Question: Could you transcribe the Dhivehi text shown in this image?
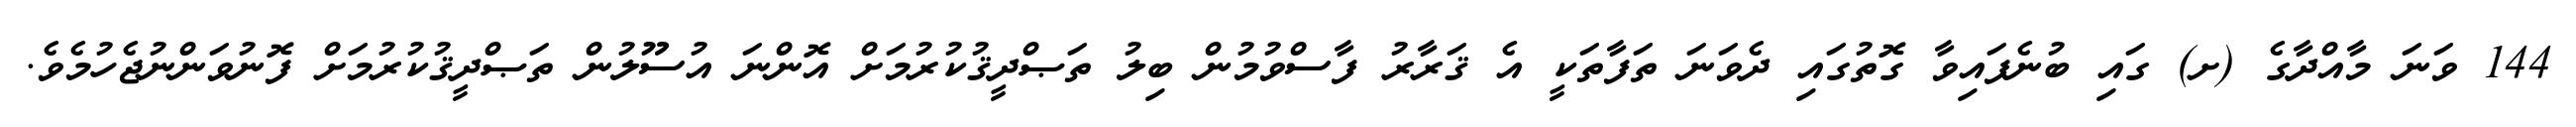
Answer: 144 ވަނަ މާއްދާގެ (ށ) ގައި ބުނެފައިވާ ގޮތުގައި ދެވަނަ ތަފާތަކީ އެ ޤަރާރު ފާސްވުމުން ބިލު ތަޞްދީޤުކުރުމަށް އޮންނަ އުސޫލުން ތަޞްދީޤުކުރުމަށް ފޮނުވަންނުޖެހުމެވެ.